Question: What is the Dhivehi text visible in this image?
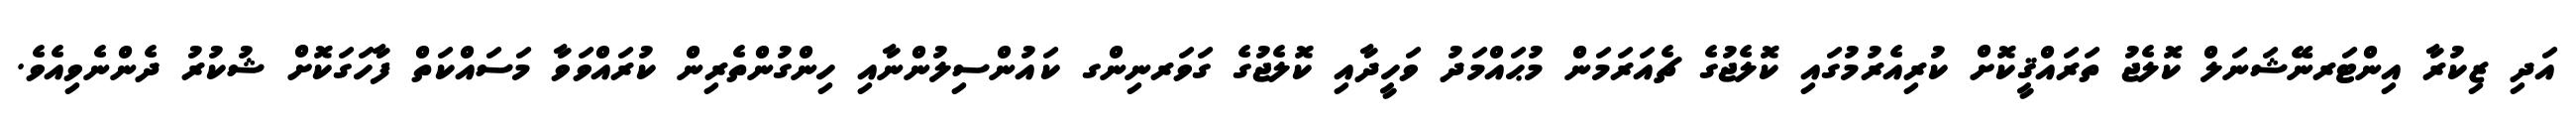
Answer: އަދި ޒިކުރާ އިންޓަރނޭޝަނަލް ކޮލެޖު ތަރައްޤީކޮށް ކުރިއެރުމުގައި ކޮލެޖުގެ ޗެއަރަމަން މުޙައްމަދު ވަހީދާއި ކޮލެޖުގެ ގަވަރނިންގ ކައުންސިލުންނާއި ހިންގުންތެރިން ކުރައްވަވާ މަސައްކަތް ފާހަގަކޮށް ޝުކުރު ދެންނެވިއެވެ.